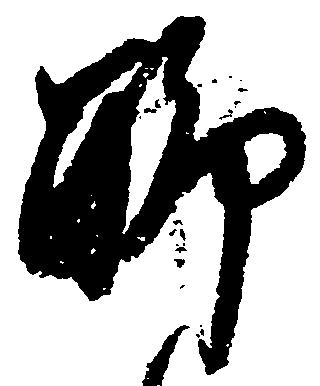
聊